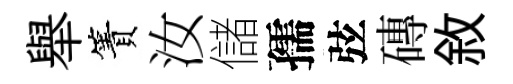
舉簀汝儲孺弦磚敘